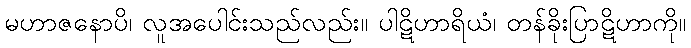
မဟာဇနောပိ၊ လူအပေါင်းသည်လည်း။ ပါဋိဟာရိယံ၊ တန်ခိုးပြာဋိဟာကို။